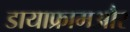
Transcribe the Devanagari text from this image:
डायाफ्रामऔर